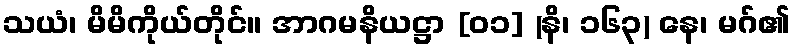
သယံ၊ မိမိကိုယ်တိုင်။ အာဂမနိယဋ္ဌာ [၀၁] (နိ၊ ၁၆၃) နေ၊ မဂ်၏